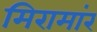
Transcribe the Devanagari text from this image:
मिरामांर